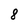
Character: 8